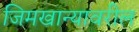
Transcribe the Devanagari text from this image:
जिमखान्यावरील